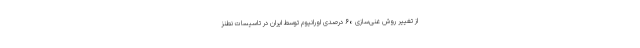
از تغییر روش غنی‌سازی ۶۰ درصدی اورانیوم توسط ایران در تأسیسات نطنز